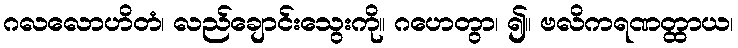
ဂလလောဟိတံ၊ လည်ချောင်းသွေးကို။ ဂဟေတွာ၊ ၍။ ဗလိကရဏတ္ထာယ၊